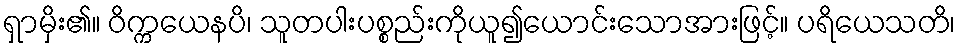
ရှာမှိး၏။ ဝိက္ကယေနပိ၊ သူတပါးပစ္စည်းကိုယူ၍ယောင်းသောအားဖြင့်။ ပရိယေသတိ၊